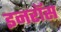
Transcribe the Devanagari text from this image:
इनरॉस